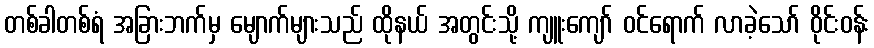
တစ်ခါတစ်ရံ အခြားဘက်မှ မျောက်များသည် ထိုနယ် အတွင်းသို့ ကျူးကျော် ဝင်ရောက် လာခဲ့သော် ဝိုင်းဝန်း